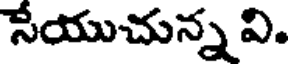
సేయుచున్న వి.